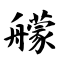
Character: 艨